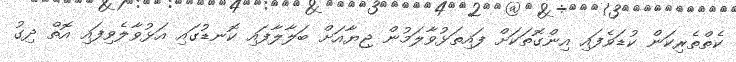
ކެތްތެރިކަން ކުޑަވެފައި އިންގޮތަކަށް ފައިތަޅުވާލަމުން ޖިޔާއަށް ބަލާލާފައި ކޮނޑުގައި އަޅުވާލެވިފައި އޮތް ދިގު